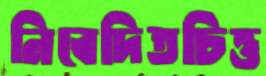
নিবেদিতচিত্ত